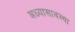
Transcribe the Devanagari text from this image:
अध्यासावस्था